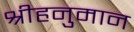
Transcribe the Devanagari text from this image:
श्रीहनुमान